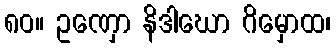
၈၀။ ဥဏှော နိဒါဃော ဂိမှောထ၊